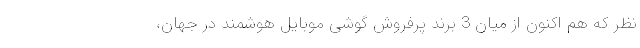
نظر که هم اکنون از میان 3 برند پرفروش گوشی موبایل هوشمند در جهان،